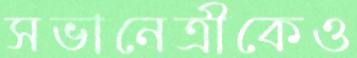
সভানেত্রীকেও